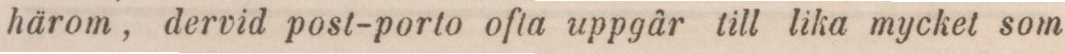
härom, dervid post-porto ofta uppgår till lika myckel som